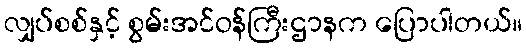
လျှပ်စစ်နှင့် စွမ်းအင်ဝန်ကြီးဌာနက ပြောပါတယ်။